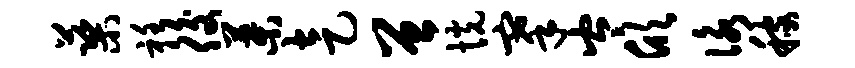
蕖衽後叶走曾恍搴岑欣咏稼